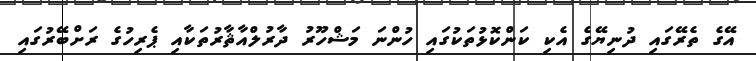
އޭގެ ތެރޭގައި ދުނިޔޭގެ އެކި ކަންކޮޅުތަކުގައި ހުންނަ މަޝްހޫރު ދާރުލްއާޘާރުތަކާއި ޕެރިހުގެ ރަށްބޭރުގައި